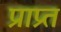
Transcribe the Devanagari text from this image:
प्राप्र्त